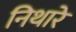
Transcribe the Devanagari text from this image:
निथारे